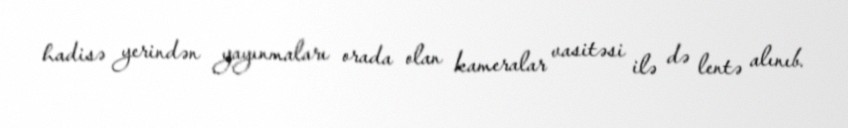
hadisə yerindən yayınmaları orada olan kameralar vasitəsi ilə də lentə alınıb.